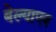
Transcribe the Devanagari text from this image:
बेल्याएव